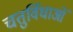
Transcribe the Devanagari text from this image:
चतुर्विधाओं